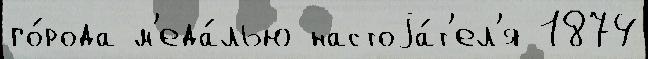
го́рода м'еда́лью настоjа́т'ел'я 1874